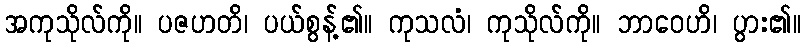
အကုသိုလ်ကို။ ပဇဟတိ၊ ပယ်စွန့်၏။ ကုသလံ၊ ကုသိုလ်ကို။ ဘာဝေဟိ၊ ပွား၏။